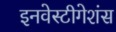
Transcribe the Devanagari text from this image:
इनवेस्टीगेशंस